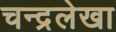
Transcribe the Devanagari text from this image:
चन्द्रलेखा